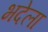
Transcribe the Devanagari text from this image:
भदेला